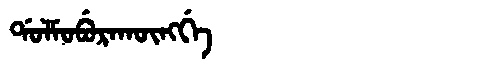
Manchu: ᡩᠣᠯᠮᠣᠪᡠᡵᠠᡴᡡᠩᡤᡝ
Romanization: DOLMOBURAKŪNGGE